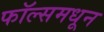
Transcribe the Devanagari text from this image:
फॉल्समधून